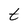
Character: t